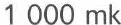
1 000 mk